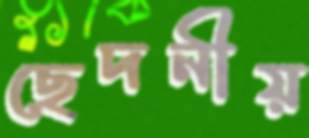
ছেদনীয়